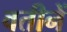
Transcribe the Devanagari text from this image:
वतीनें